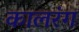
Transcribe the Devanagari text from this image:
कालरंग